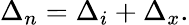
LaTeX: \Delta_{n}=\Delta_{i}+\Delta_{x}.